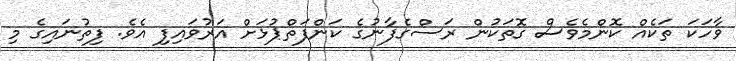
ވާހަކަ ތަކެއް ކޮންމެވެސް ގޮތަކުން ރަސްގެފާނުގެ ކަންފަތްޕުޅަށް އަރުވައިފި އެވެ. ފިތުނައިގެ މި